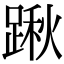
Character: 踿